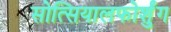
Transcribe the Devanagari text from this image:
सोत्सियालफोर्शुंग